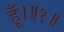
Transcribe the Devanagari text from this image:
हूँ।॥१॥